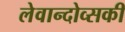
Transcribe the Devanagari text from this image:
लेवान्दोव्सकी